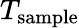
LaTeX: T_{\textrm{sample}}